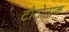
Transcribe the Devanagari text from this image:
टोटोनाक